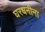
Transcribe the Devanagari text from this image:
घरधनीना